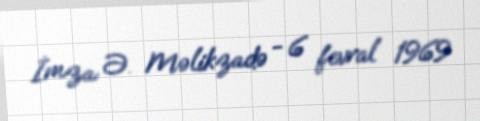
İmza: Ə. Məlikzadə - 6 fevral 1969